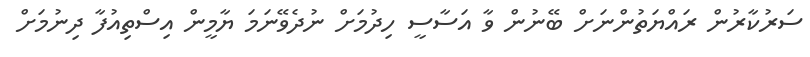
ސަރުކާރުން ރައްޔަތުންނަށް ބޭނުން ވާ އަސާސީ ހިދުމަށް ނުދެވޭނަމަ ޔާމީން އިސްތިއުފާ ދިނުމަށް